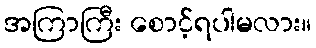
အကြာကြီး စောင့်ရပါမလား။